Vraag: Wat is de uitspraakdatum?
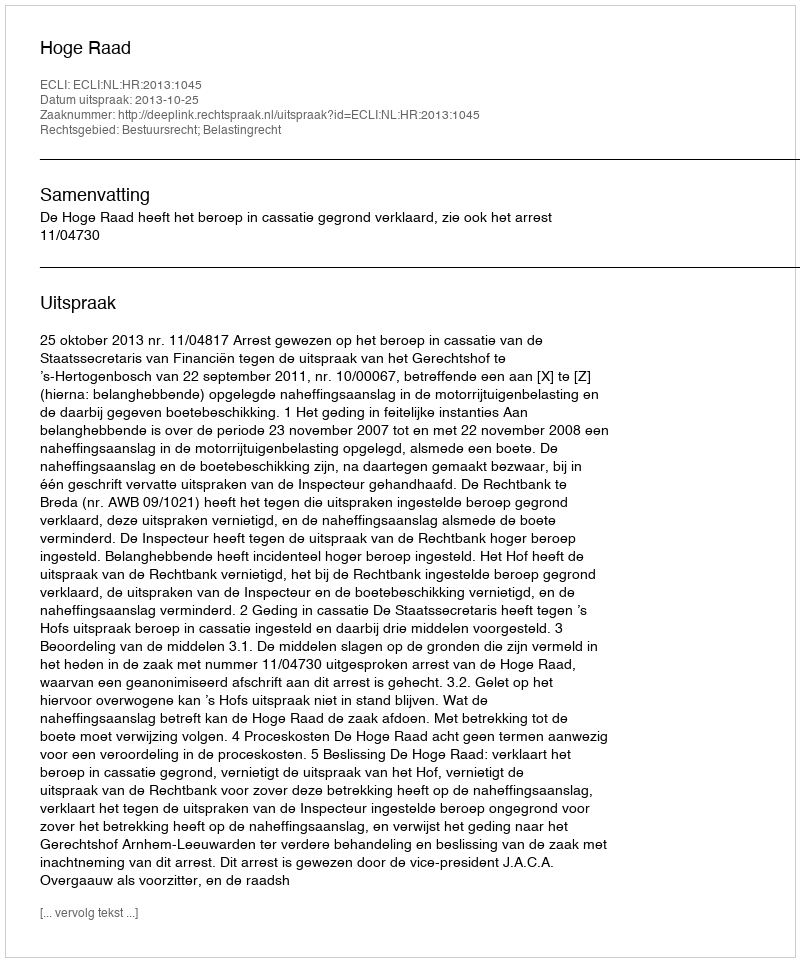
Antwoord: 2013-10-25